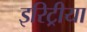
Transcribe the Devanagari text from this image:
इरिट्रीया